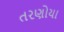
તરણોયા